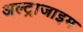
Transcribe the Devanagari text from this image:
अल्ट्राजाइम